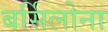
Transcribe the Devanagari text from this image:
बर्सिलोना